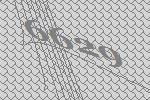
6629